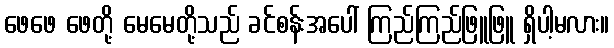
ဖေဖေ ဖေတို့ မေမေတို့သည် ခင်စန်းအပေါ် ကြည်ကြည်ဖြူဖြူ ရှိပါ့မလား။